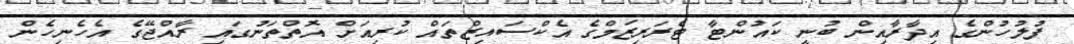
ފުލުހުންގެ އިދާރާއިން ބުނީ ކައުންޓާ ޓެރަރިޒަމްގެ އެކްސައިޒްތައް ކުރިއަށް އޮތްތަނުގައި ރާއްޖޭގެ އެހެނިހެން